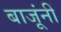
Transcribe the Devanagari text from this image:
बाजूंनीं